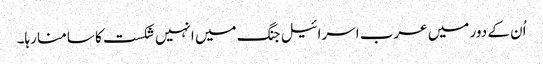
اُن کے دور میں عرب اسرائیل جنگ میں انہیں شکست کا سامنا رہا۔